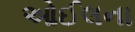
ઓઈલના